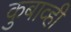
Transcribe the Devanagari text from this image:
कुबाव्ही